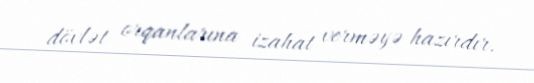
dövlət orqanlarına izahat verməyə hazırdır.